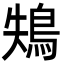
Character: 鴩